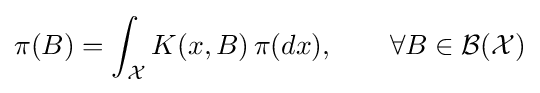
\pi (B)=\int _{\mathcal {X}}K(x,B)\,\pi (dx),\qquad \forall B\in {\mathcal {B}}({\mathcal {X}})